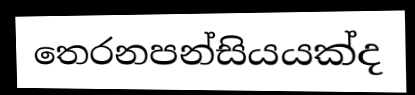
තෙරනපන්සියයක්ද